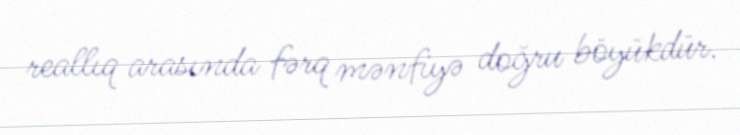
reallıq arasında fərq mənfiyə doğru böyükdür.